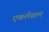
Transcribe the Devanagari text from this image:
एकलेस्तन